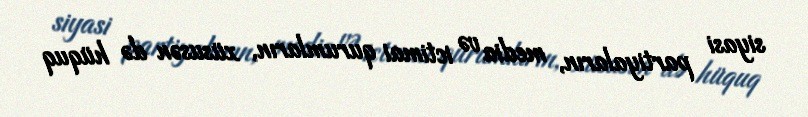
siyasi partiyaların, media və ictimai qurumların, xüsusən də hüquq